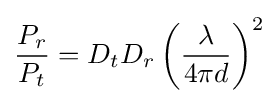
{\frac {P_{r}}{P_{t}}}=D_{t}D_{r}\left({\frac {\lambda }{4\pi d}}\right)^{2}